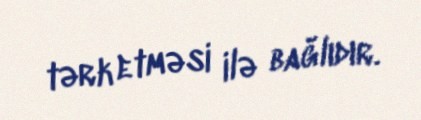
tərk etməsi ilə bağlıdır.